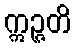
ဣဉ္ဇတိ